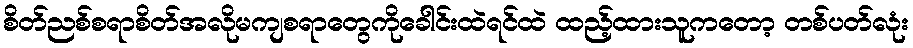
စိတ်ညစ်စရာစိတ်အလိုမကျစရာတွေကိုခေါင်းထဲရင်ထဲ ထည့်ထားသူကတော့ တစ်ပတ်လုံး